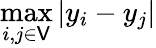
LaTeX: \operatorname*{max}_{i,j\in\mathsf{V}}|y_{i}-y_{j}|